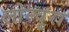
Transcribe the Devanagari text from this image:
लोन्चुरा